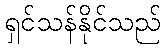
ရှင်သန်နိုင်သည်